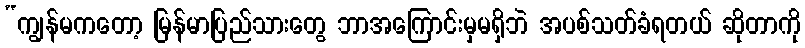
“ကျွန်မကတော့ မြန်မာပြည်သားတွေ ဘာအကြောင်းမှမရှိဘဲ အပစ်သတ်ခံရတယ် ဆိုတာကို